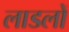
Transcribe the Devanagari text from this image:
लाडलों